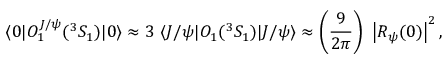
\langle 0 | O _ { 1 } ^ { J / \psi } ( ^ { 3 } S _ { 1 } ) | 0 \rangle \approx 3 ~ \langle J / \psi | O _ { 1 } ( ^ { 3 } S _ { 1 } ) | J / \psi \rangle \approx \left( { \frac { 9 } { 2 \pi } } \right) ~ \left| R _ { \psi } ( 0 ) \right| ^ { 2 } ,